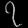
Digit: ၇